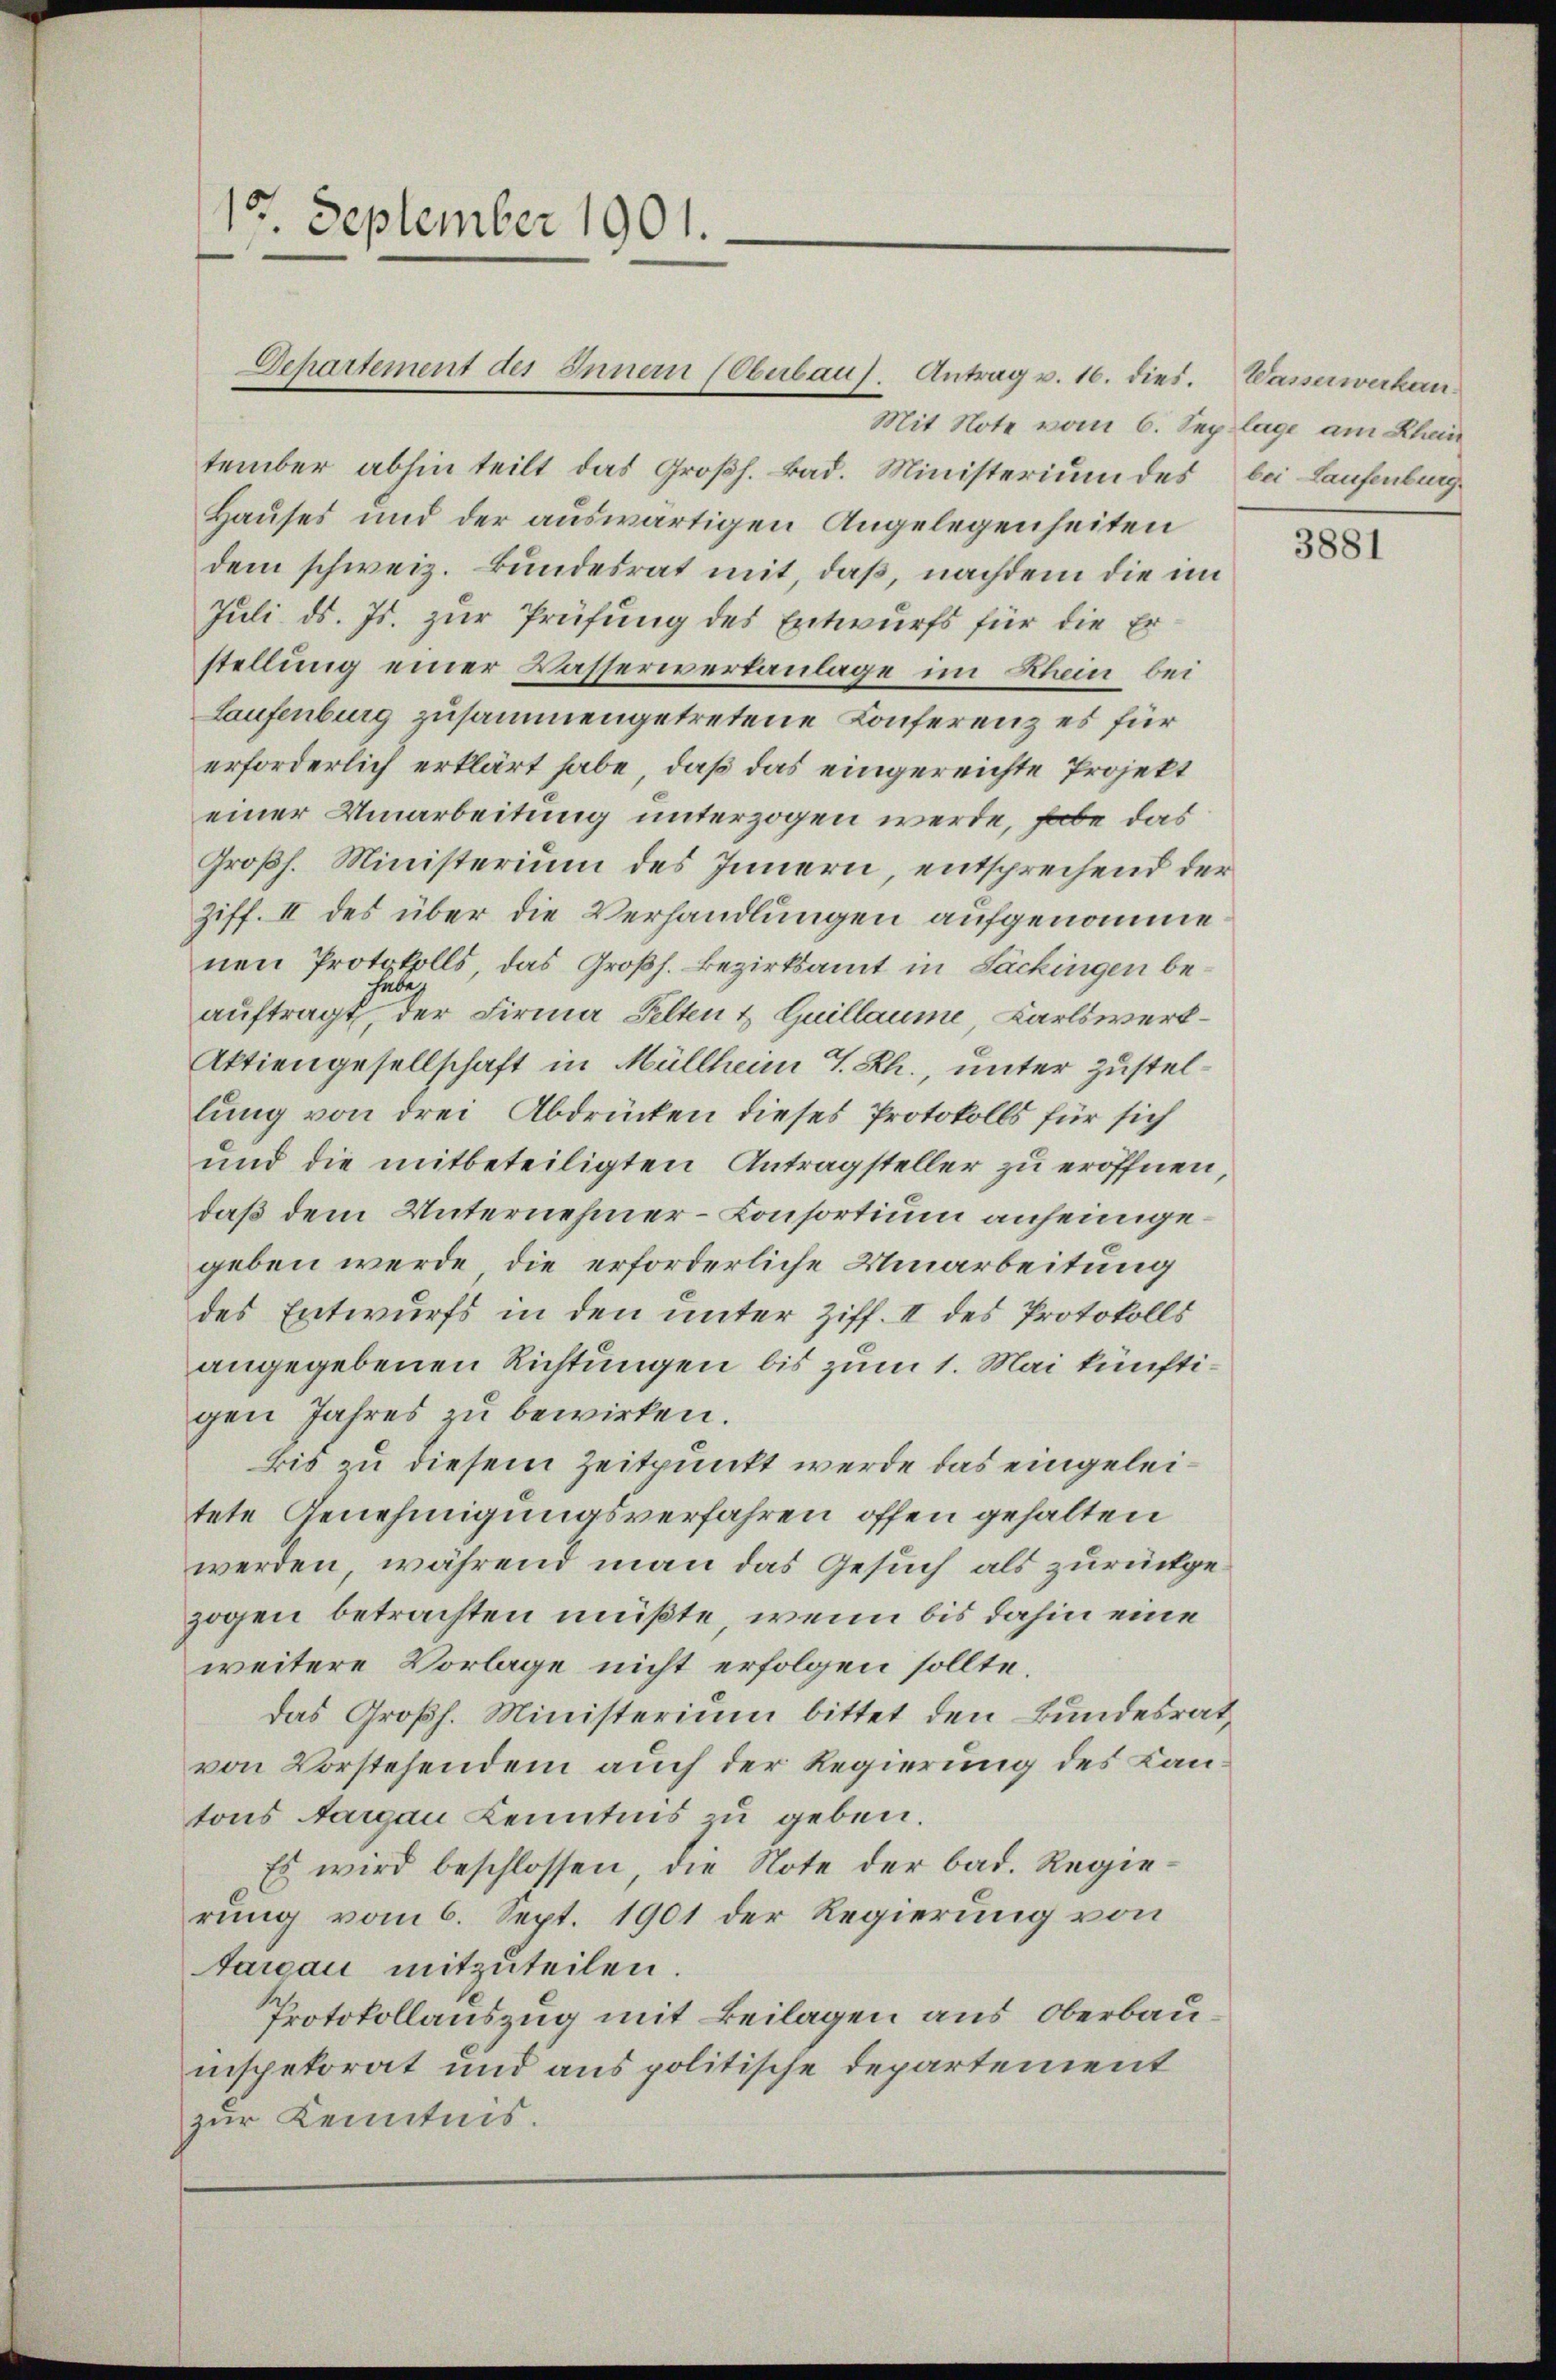
Mit Note vom 6. Seplage am Rhein
tember abhin teilt das Großh. Bad. Ministerium des
Hauses und der auswärtigen Angelegenheiten
dem schweiz. Bundesrat mit, daß, nachdem die im
Juli d. Js. zur Prüfung des Entwurfs für die Erstellung einer Wasserwertanlage im Rhein, bei
Laufenburg zusammengetretene Konferenz es für
erforderlich erklärt habe, daß das eingereichte Projekt
einer Umarbeitung unterzogen werde, habe das
Großh. Ministerium des Innern, entsprechend der
Ziff. II des über die Verhandlungen aufgenomme
nen Protokolls, das Großh. Bezirksamt in Sackingen behabe.
auftragt, der Firma Selten & Guillaume, Karlswerk¬
Aktiengesellschaft in Müllheim V. Rh., unter Zustellung von drei Abdrücken dieses Protokolls für sich
und die mitbeteiligten Antragsteller zu eröffnen,
daß dem Unternehmer-Consortium anheimgegeben werde, die erforderliche Umarbeitung
des Entwurfs in den unter Ziff. II des Protokolls
angegebenen Richtungen bis zum 1. Mai künftigen Jahres zu bewirken.
bis zu diesem Zeitpunkt werde das eingeleitete Genehmigungsverfahren offen gehalten
werden, während man das Gesuch als zurückgezogen betrachten müßte, wenn bis dahin eine
weitere Vorlage nicht erfolgen sollte.
Das Großh. Ministerium bittet den Bundesrat,
von Vorstehendem auch der Regierung des Kantons Aargau Kenntnis zu geben.
Es wird beschlossen die Note der bad. Regierung vom 6. Sept. 1901 der Regierung von
tarau mitzuteilen.
Protokollauszug mit Beilagen aus Oberbauinspekorat und aus politische Departement
zur Kenntnis.

10 September 1901.

Departement des Inner (Oberbaus. Antrag v. 16. dies.

Wasserwerken.
bei Laufenburg.

3881